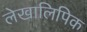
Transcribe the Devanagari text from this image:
लेखालिपिक